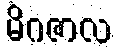
မိဂဇာလ